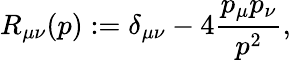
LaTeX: R_{\mu\nu}(p):=\delta_{\mu\nu}-4{\frac{p_{\mu}p_{\nu}}{p^{2}}},